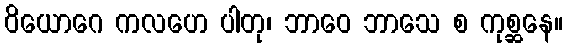
ဝိယောဂေ ကလဟေ ပါတု၊ ဘာဝေ ဘာသေ စ ကုစ္ဆနေ။